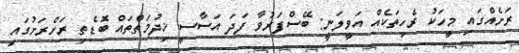
ރަށެއްގައި މީހަކު ރެހިތަކެއް އަވީލަނީ: ބޭސްފަރުވާ ފަދަ އަސާސީ ޚިދުމަތްތައް ބޮޑެތި ރަށްރަށުގައި